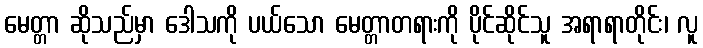
မေတ္တာ ဆိုသည်မှာ ဒေါသကို ပယ်သော မေတ္တာတရားကို ပိုင်ဆိုင်သူ အရာရာတိုင်း၊ လူ